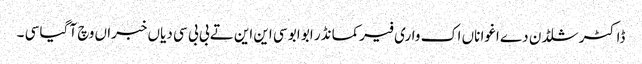
ڈاکٹر شلڈن دے اغوا ناں اک واری فیرکمانڈر ابو ابو سی این این تے بی بی سی دیاں خبراں وچ آ گیا سی ۔